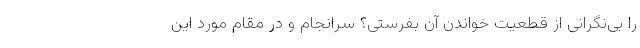
را بی‌نگرانی از قطعیت خواندن آن بفرستی؟ سرانجام و در مقام مورد این